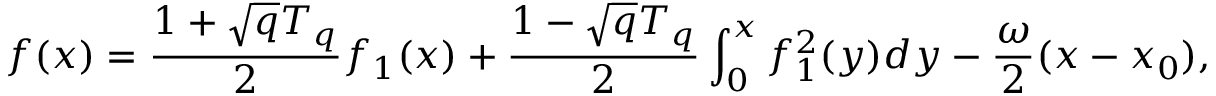
f ( x ) = { \frac { 1 + \sqrt { q } T _ { q } } { 2 } } f _ { 1 } ( x ) + { \frac { 1 - \sqrt { q } T _ { q } } { 2 } } \int _ { 0 } ^ { x } f _ { 1 } ^ { 2 } ( y ) d y - { \frac { \omega } { 2 } } ( x - x _ { 0 } ) ,